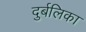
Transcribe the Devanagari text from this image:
दुर्बलिका